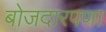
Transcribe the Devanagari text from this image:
बोजदारपणा